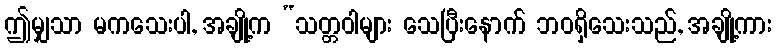
ဤမျှသာ မကသေးပါ, အချို့က “သတ္တဝါများ သေပြီးနောက် ဘဝရှိသေးသည်, အချို့ကား